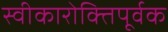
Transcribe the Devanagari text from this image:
स्वीकारोक्तिपूर्वक